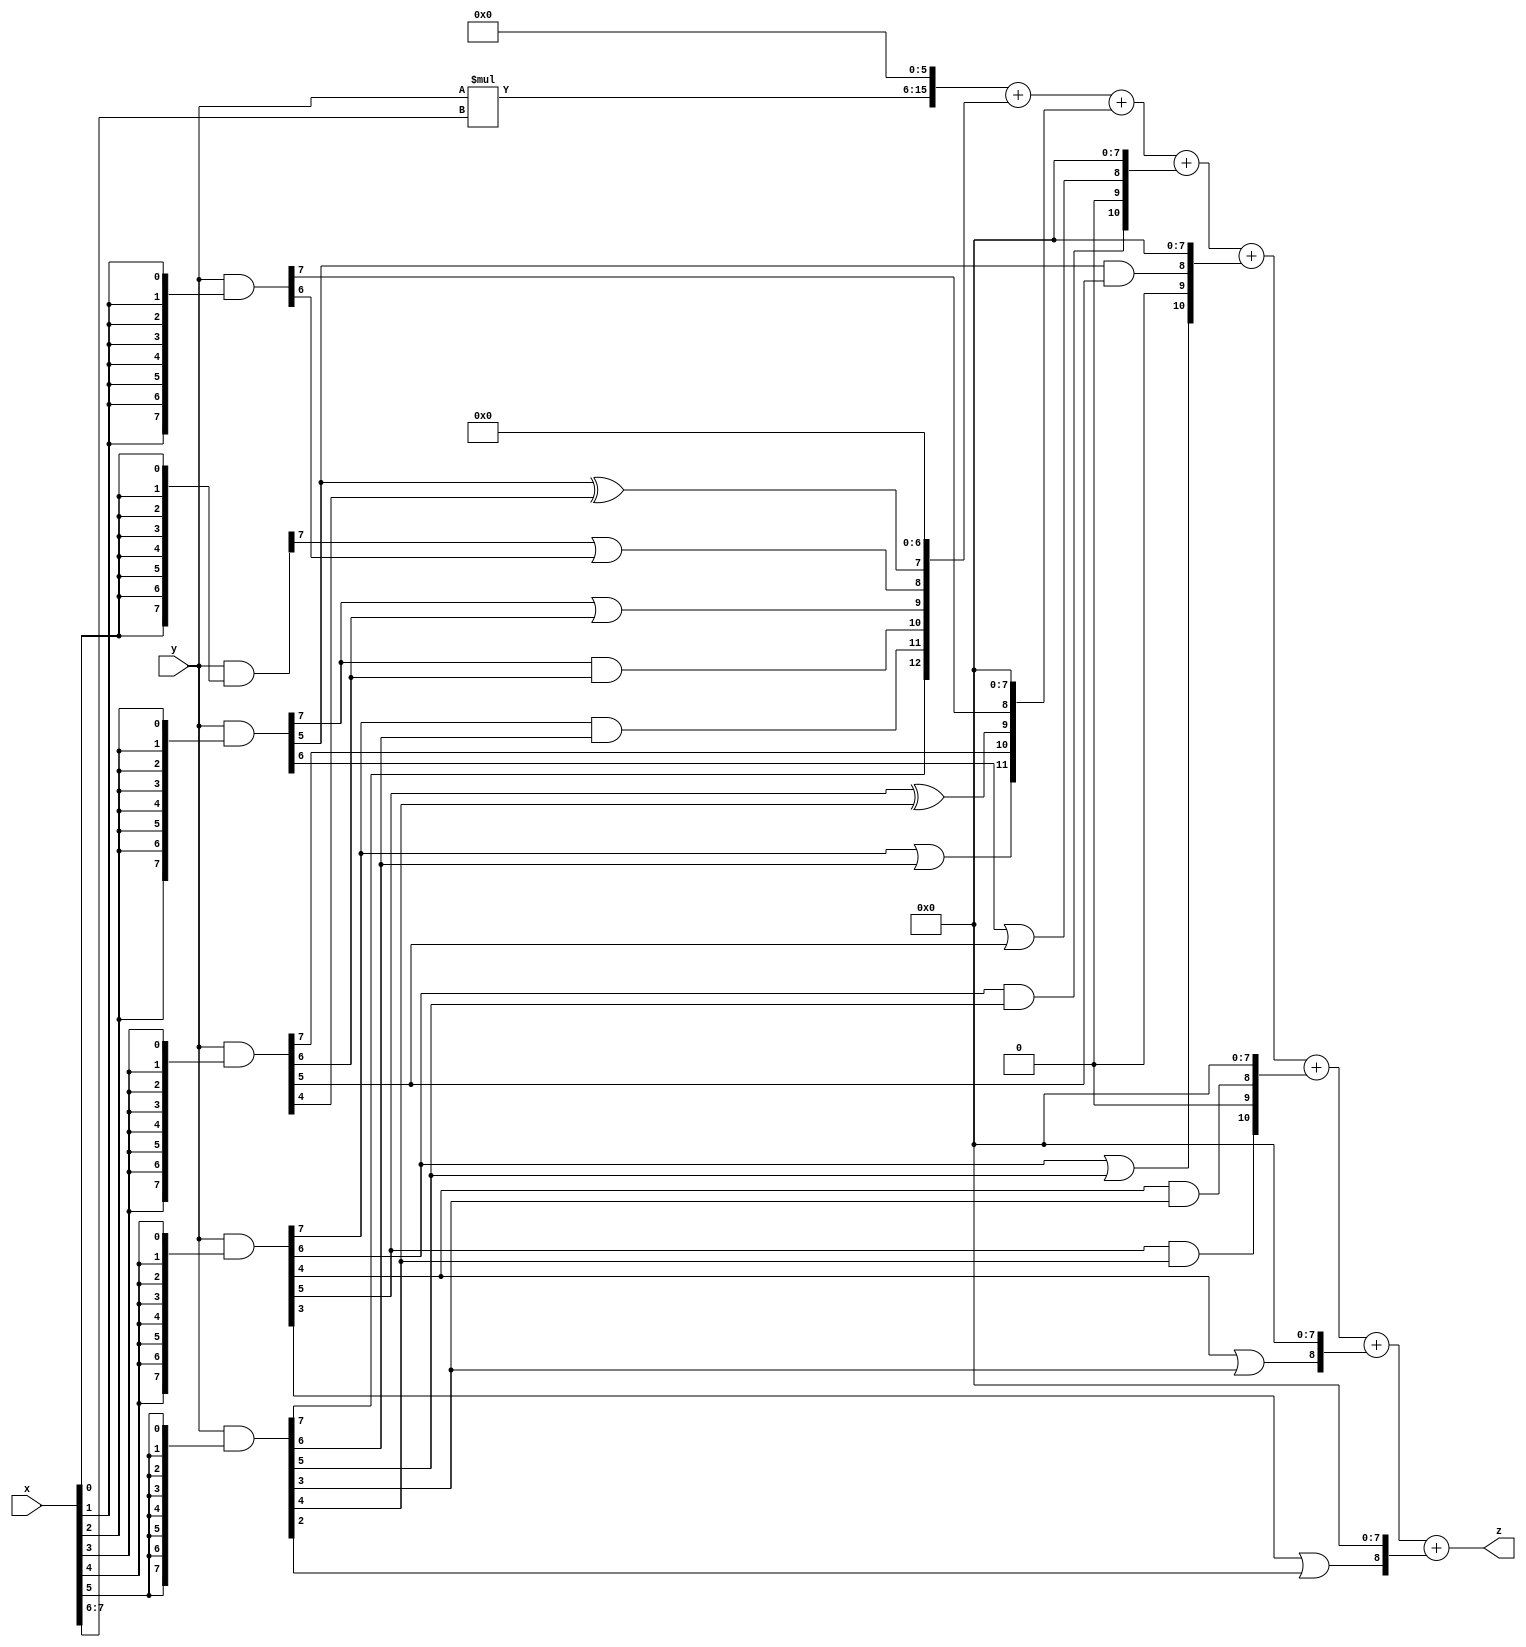
// terms: 18
// fval:  137702.25

module unsigned_exchange_8x8_l6_lamb6000_5 (
	input [7:0] x,
	input [7:0] y,
	output [15:0] z
);

wire [7:0] part1 =  y & {8{x[0]}};
wire [7:0] part2 =  y & {8{x[1]}};
wire [7:0] part3 =  y & {8{x[2]}};
wire [7:0] part4 =  y & {8{x[3]}};
wire [7:0] part5 =  y & {8{x[4]}};
wire [7:0] part6 =  y & {8{x[5]}};
wire [7:0] part7 =  y & {8{x[6]}};
wire [7:0] part8 =  y & {8{x[7]}};

wire [12:0] new_part1;
assign new_part1[0] = 0;
assign new_part1[1] = 0;
assign new_part1[2] = 0;
assign new_part1[3] = 0;
assign new_part1[4] = 0;
assign new_part1[5] = 0;
assign new_part1[6] = 0;
assign new_part1[7] = part3[5] ^ part4[4];
assign new_part1[8] = part1[7] | part2[6];
assign new_part1[9] = part3[7] | part4[6];
assign new_part1[10] = part3[7] & part4[6];
assign new_part1[11] = part5[7] & part6[6];
assign new_part1[12] = part6[7];

wire [11:0] new_part2;
assign new_part2[0] = 0;
assign new_part2[1] = 0;
assign new_part2[2] = 0;
assign new_part2[3] = 0;
assign new_part2[4] = 0;
assign new_part2[5] = 0;
assign new_part2[6] = 0;
assign new_part2[7] = 0;
assign new_part2[8] = part2[7];
assign new_part2[9] = part5[5] ^ part6[4];
assign new_part2[10] = part4[7];
assign new_part2[11] = part5[7] | part6[6];

wire [10:0] new_part3;
assign new_part3[0] = 0;
assign new_part3[1] = 0;
assign new_part3[2] = 0;
assign new_part3[3] = 0;
assign new_part3[4] = 0;
assign new_part3[5] = 0;
assign new_part3[6] = 0;
assign new_part3[7] = 0;
assign new_part3[8] = part3[6] | part4[5];
assign new_part3[9] = 0;
assign new_part3[10] = part5[6] & part6[5];

wire [10:0] new_part4;
assign new_part4[0] = 0;
assign new_part4[1] = 0;
assign new_part4[2] = 0;
assign new_part4[3] = 0;
assign new_part4[4] = 0;
assign new_part4[5] = 0;
assign new_part4[6] = 0;
assign new_part4[7] = 0;
assign new_part4[8] = part3[5] & part4[5];
assign new_part4[9] = 0;
assign new_part4[10] = part5[6] | part6[5];

wire [10:0] new_part5;
assign new_part5[0] = 0;
assign new_part5[1] = 0;
assign new_part5[2] = 0;
assign new_part5[3] = 0;
assign new_part5[4] = 0;
assign new_part5[5] = 0;
assign new_part5[6] = 0;
assign new_part5[7] = 0;
assign new_part5[8] = part5[4] & part6[3];
assign new_part5[9] = 0;
assign new_part5[10] = part5[5] & part6[4];

wire [8:0] new_part6;
assign new_part6[0] = 0;
assign new_part6[1] = 0;
assign new_part6[2] = 0;
assign new_part6[3] = 0;
assign new_part6[4] = 0;
assign new_part6[5] = 0;
assign new_part6[6] = 0;
assign new_part6[7] = 0;
assign new_part6[8] = part5[4] | part6[3];

wire [8:0] new_part7;
assign new_part7[0] = 0;
assign new_part7[1] = 0;
assign new_part7[2] = 0;
assign new_part7[3] = 0;
assign new_part7[4] = 0;
assign new_part7[5] = 0;
assign new_part7[6] = 0;
assign new_part7[7] = 0;
assign new_part7[8] = part5[3] | part6[2];

wire [9:0] tmp_z = y*x[7:6];

assign z = {tmp_z, 6'd 0} + new_part1 + new_part2 + new_part3 + new_part4 + new_part5 + new_part6 + new_part7;

endmodule